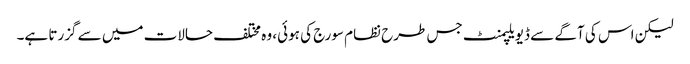
لیکن اس کی آگے سے ڈیویلپمنٹ جس طرح نظام سورج کی ہوئی، وہ مختلف حالات میں سے گزرتا ہے۔